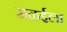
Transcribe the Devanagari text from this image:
सळईला